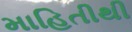
માહિતીથી